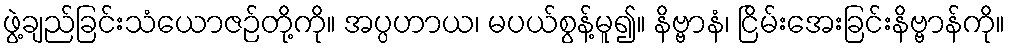
ဖွဲ့ချည်ခြင်းသံယောဇဉ်တို့ကို။ အပ္ပဟာယ၊ မပယ်စွန့်မူ၍။ နိဗ္ဗာနံ၊ ငြိမ်းအေးခြင်းနိဗ္ဗာန်ကို။